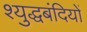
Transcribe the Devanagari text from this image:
श्युद्धबंदियों